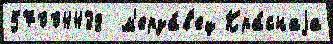
57004438  м'ерза́в'ец Кра́снаjа